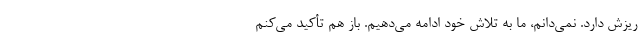
ریزش دارد. نمی‌دانم، ما به تلاش خود ادامه می‌دهیم. باز هم تأکید می‌کنم